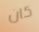
كان